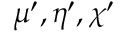
\mu ^ { \prime } , \eta ^ { \prime } , \chi ^ { \prime }